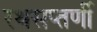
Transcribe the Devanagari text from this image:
रथसप्‍तर्णी